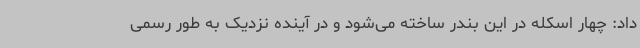
داد: چهار اسکله در این بندر ساخته می‌شود و در آینده نزدیک به طور رسمی